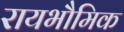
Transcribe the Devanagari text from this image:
रायभौमिक